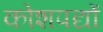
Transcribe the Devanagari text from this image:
कोशपद्यों